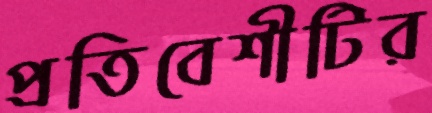
প্রতিবেশীটির